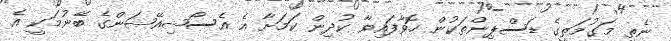
ނެތި މަގުމަތީގެ ޑަސްޕިންތަކުން ހޮވާފައިވާ ކުދިން ކަމަށާ އެ އެސޯޝިއޭޝަންގެ ބޭނުމަކީ އެ